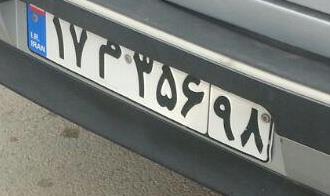
۱۷م۳۵۶۹۸